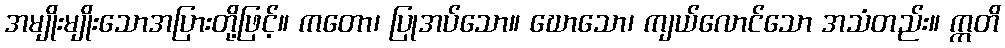
အမျိုးမျိုးသောအပြားတို့ဖြင့်။ ကတော၊ ပြုအပ်သော။ ဃောသော၊ ကျယ်လောင်သော အသံတည်း။ ဣတိ